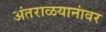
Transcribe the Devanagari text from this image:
अंतराळयानांवर